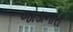
જોડાનારા